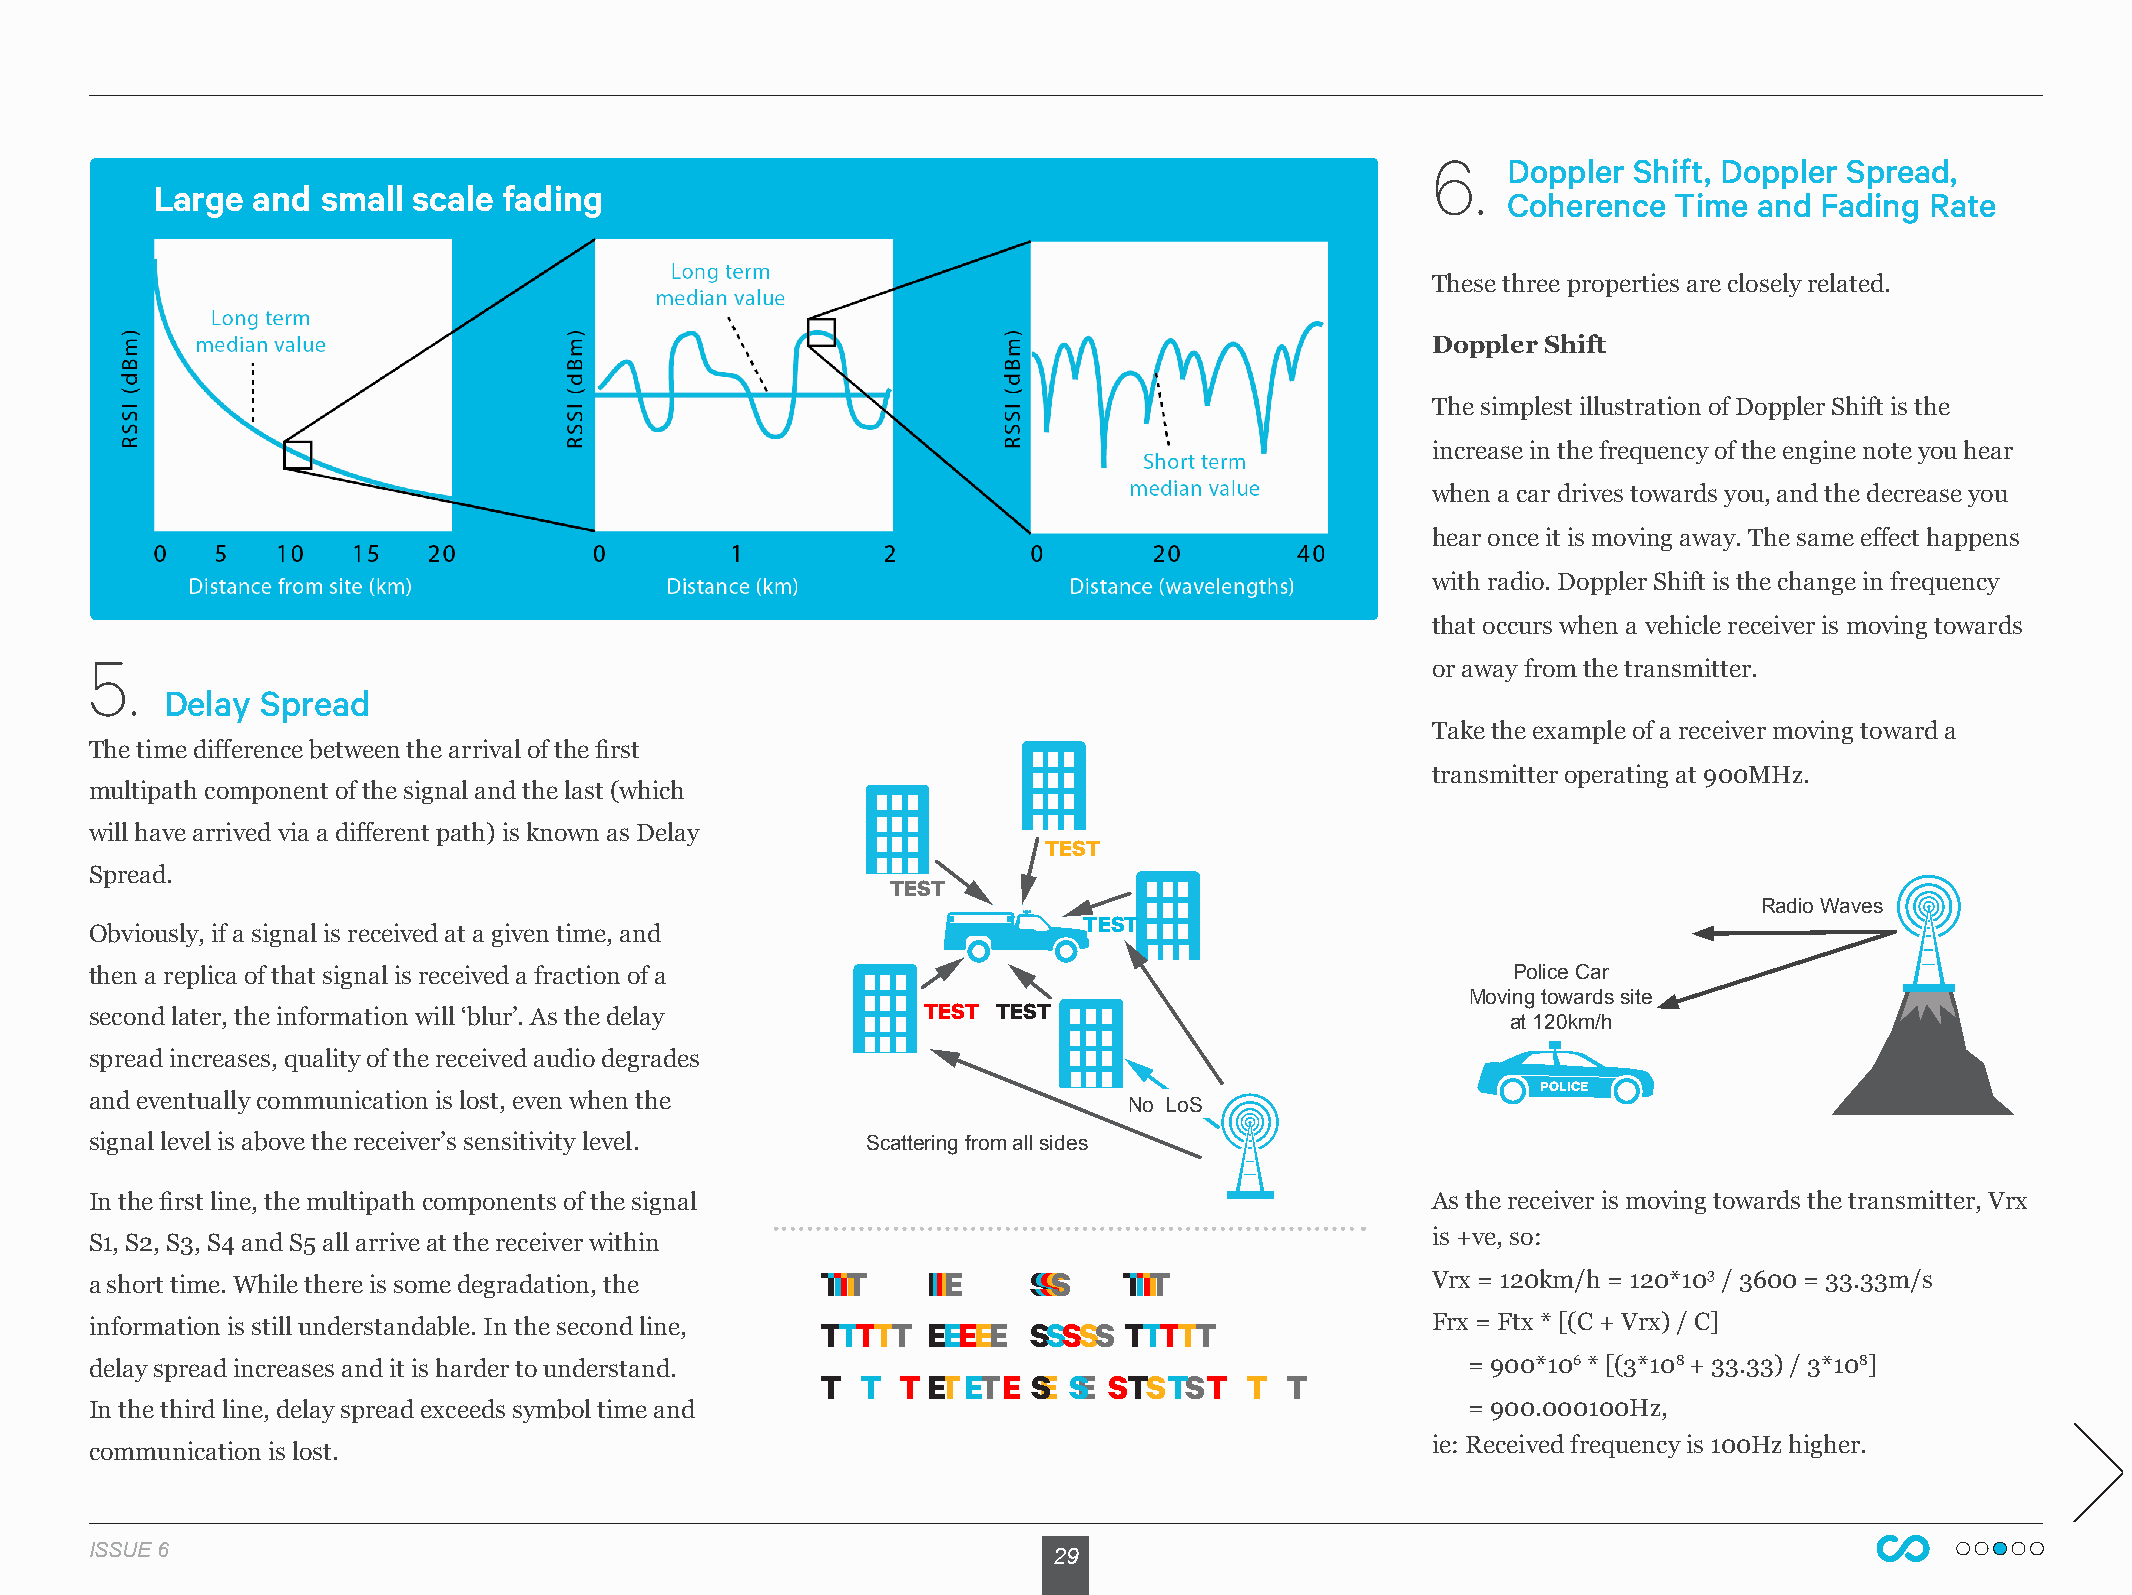
6.
 Doppler Shift, Doppler Spread,
 Large  and small scale fading
 Coherence  Time and Fading  Rate
 These three properties are closely related.
 Doppler Shift
 The simplest illustration of Doppler Shift is the
 increase in the frequency of the engine note you hear
 when a car drives towards you, and the decrease you
 hear once it is moving away. The same effect happens
 with radio. Doppler Shift is the change in frequency
 that occurs when a vehicle receiver is moving towards
 5.
 or away from the transmitter.
 Delay Spread
 Take the example of a receiver moving toward a
 The time difference between the arrival of the first
 transmitter operating at 900MHz.
 multipath component of the signal and the last (which
 will have arrived via a different path) is known as Delay
 TEST
 Spread.
 TEST
 Radio Waves
 TEST
 Obviously, if a signal is received at a given time, and
 then a replica of that signal is received a fraction of a                                     Police Car
 TEST TEST
 Moving towards site
 second later, the information will ‘blur’. As the delay
 at 120km/h
 spread increases, quality of the received audio degrades
 POLICE
 and eventually communication is lost, even when the
 No LoS
 signal level is above the receiver’s sensitivity level. Scattering from all sides
 In the first line, the multipath components of the signal                                As the receiver is moving towards the transmitter, Vrx
 is +ve, so:
 S1, S2, S3, S4 and S5 all arrive at the receiver within
 a short time. While there is some degradation, the TTTTT EEEEE SSSSS TTTTT               Vrx = 120km/h = 120*103 / 3600 = 33.33m/s
 information is still understandable. In the second line, TTTTT EEEEE SSSSS TTTTT         Frx = Ftx * [(C + Vrx) / C]
 delay spread increases and it is harder to understand.                                     = 900*106 * [(3*108 + 33.33) / 3*108]
 T  T  TETET E SE S E STSTST  T T
 In the third line, delay spread exceeds symbol time and                                    = 900.000100Hz,
 ie: Received frequency is 100Hz higher.
 communication is lost.
 ISSUE 6                                                         29